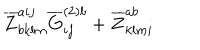
\overline { { { Z } } } _ { b k l m } ^ { a i j } \overline { { { G } } } _ { i j } ^ { ( 2 ) b } + \overline { { { Z } } } _ { k l m i } ^ { a b }